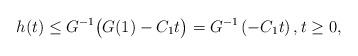
LaTeX: \begin{align*} h(t) \leq G^{-1}\big(G(1)-C_1t\big) = G^{-1}\left(-C_1t\right), t\geq0,\end{align*}